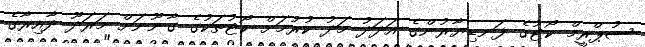
ސުޕްރީމް ކޯޓުގެ ފަނޑިޔާރުންގެ އަދަދު މަދު ކުރުމަށް ކޯޓުތަކުގެ ގާނޫނަށް މަރަދޫ ދާއިރާގެ